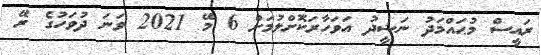
ރައީސް މުޙައްމަދު ނަޝީދު އަވަހާރަކޮށްލުމަށް 6 މޭ 2021 ވަނަ ދުވަހުގެ ރޭ